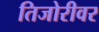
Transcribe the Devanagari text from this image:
तिजोरीवर